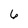
Character: 6